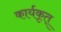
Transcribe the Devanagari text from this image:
कार्यकृत्